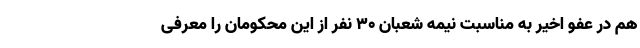
هم در عفو اخیر به مناسبت نیمه شعبان ۳۰ نفر از این محکومان را معرفی